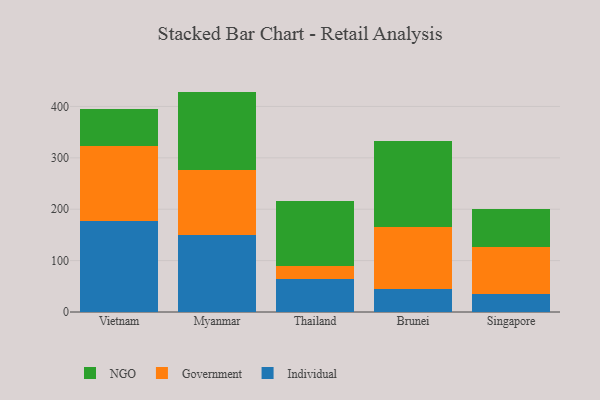
{"axis": {"x": "Country", "y": "Bounce Rate (%)"}, "legend": ["Government", "Individual", "NGO"], "data": [{"x": "Vietnam", "y": 177.4, "type": "Individual"}, {"x": "Vietnam", "y": 144.7, "type": "Government"}, {"x": "Vietnam", "y": 72.4, "type": "NGO"}, {"x": "Myanmar", "y": 149.1, "type": "Individual"}, {"x": "Myanmar", "y": 126.9, "type": "Government"}, {"x": "Myanmar", "y": 152.9, "type": "NGO"}, {"x": "Thailand", "y": 64.1, "type": "Individual"}, {"x": "Thailand", "y": 25.9, "type": "Government"}, {"x": "Thailand", "y": 126.9, "type": "NGO"}, {"x": "Brunei", "y": 44.6, "type": "Individual"}, {"x": "Brunei", "y": 121.5, "type": "Government"}, {"x": "Brunei", "y": 166.8, "type": "NGO"}, {"x": "Singapore", "y": 35.4, "type": "Individual"}, {"x": "Singapore", "y": 91.6, "type": "Government"}, {"x": "Singapore", "y": 72.5, "type": "NGO"}]}